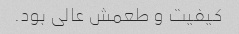
کیفیت و طعمش عالی بود.